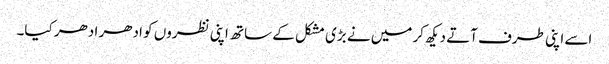
اسے اپنی طرف آتے دیکھ کر میں نے بڑی مشکل کے ساتھ اپنی نظروں کو ادھر ادھر کیا۔